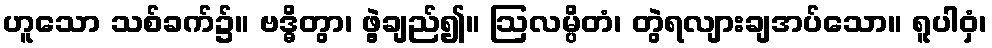
ဟူသော သစ်ခက်၌။ ဗဒ္ဓိတွာ၊ ဖွဲ့ချည်၍။ ဩလမ္ပိတံ၊ တွဲရလျားချအပ်သော။ ရူပါဝှံ၊